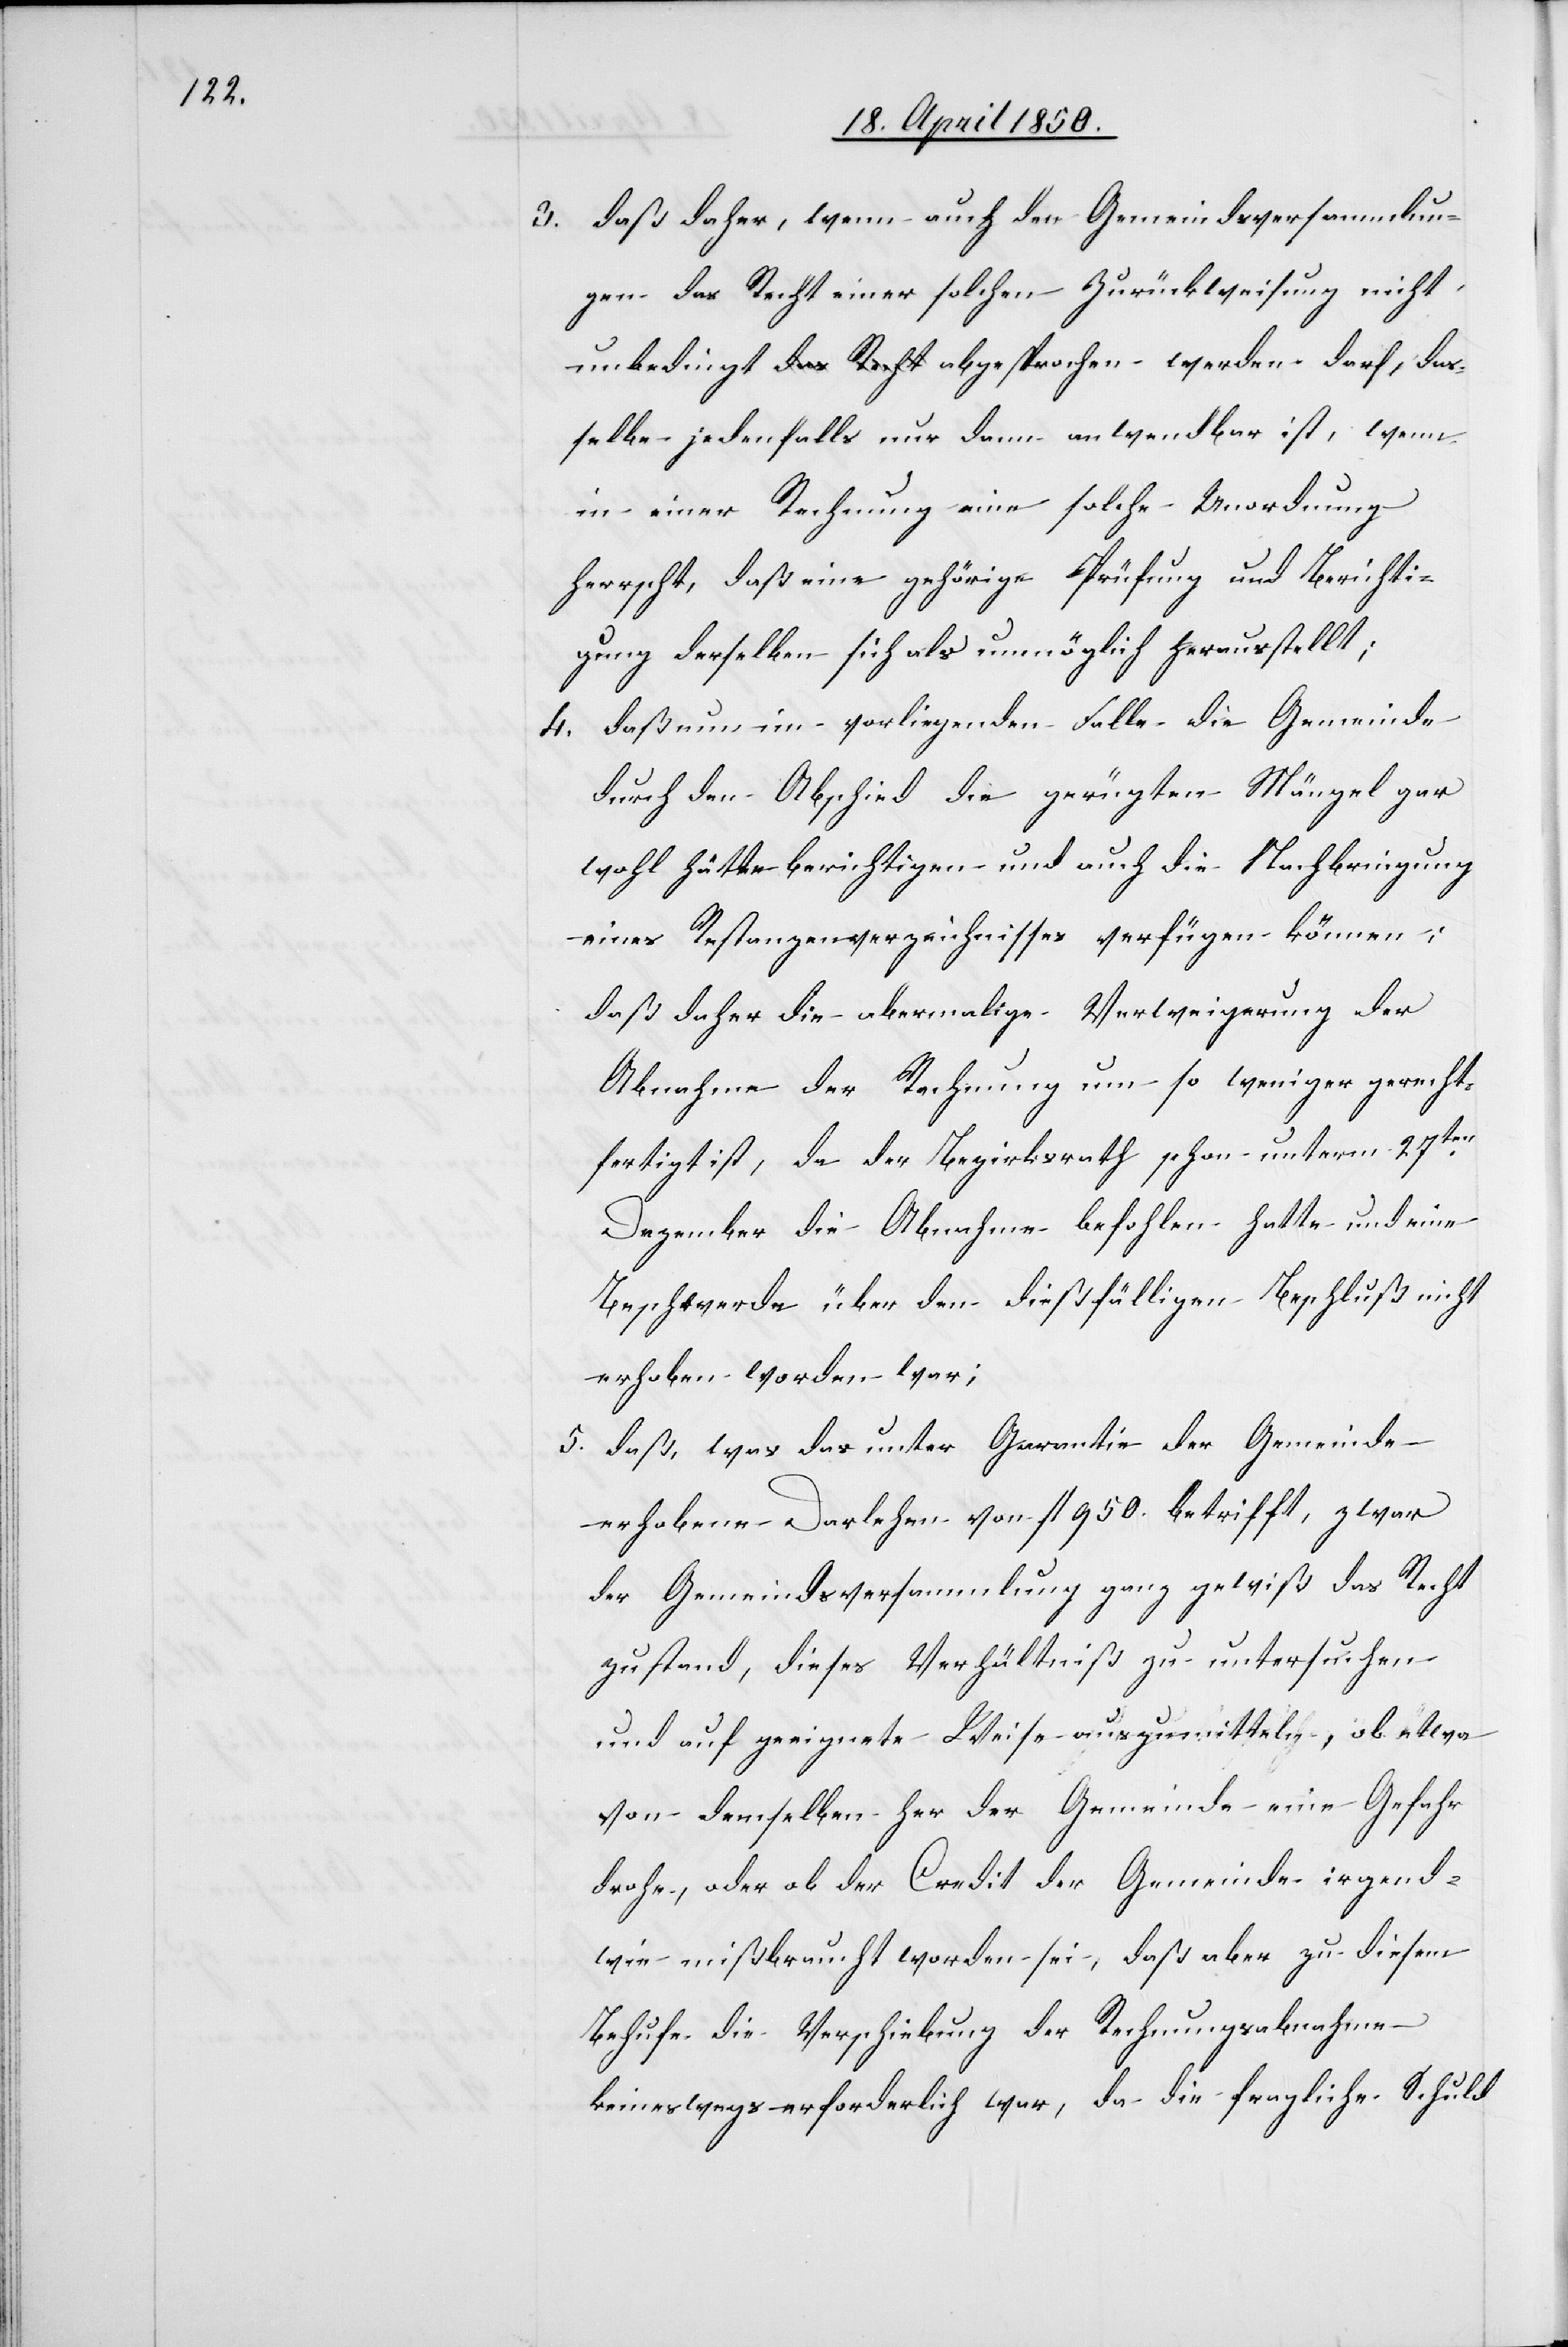
das¬

3. daß daher, wenn auch den Gemeindsversammlun¬
gen das Recht einer solchen Zurückweisung nicht
selbe jedenfalls nur dann anwendbar ist, wenn
in einer Rechnung eine solche Unordnung
herrscht, daß eine gehörige Prüfung und Berichti¬
gung derselben sich als unmöglich herausstellt;
4. daß nun im vorliegenden Falle die Gemeinde
durch den Abschied die gerügten Mängel gar
wohl hätte berichtigen und auch die Nachbringung
eines Restanzenverzeichnisses verfügen können;
daß daher die abermalige Verweigerung der
Abnahme der Rechnung um so weniger gerecht¬
fertigt ist, da der Bezirksrath schon unterm 27ten
Dezember die Abnahme befohlen hatte und eine
Beschwerde über den dießfälligen Beschluß nicht
erhoben worden war;
5. daß, was das unter Garantie der Gemeinde
erhobene Darlehen von fl 950. betrifft, zwar
der Gemeindsversammlung ganz gewiß das Recht
zustand, dieses Verhältniß zu untersuchen
und auf geeignete Weise auszumitteln, ob etwa
von demselben her der Gemeinde eine Gefahr
drohe, oder ob der Credit der Gemeinde irgend¬
wie mißbraucht worden sei, daß aber zu diesem
Behufe die Verschiebung der Rechnungsabnahme
keineswegs erforderlich war, da die fragliche Schuld